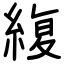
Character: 緮